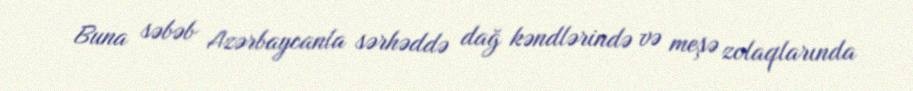
Buna səbəb Azərbaycanla sərhəddə dağ kəndlərində və meşə zolaqlarında